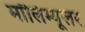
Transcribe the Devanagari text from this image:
मॉलिम्यूलर